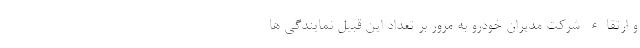
و ارتقاء شرکت مدیران خودرو به مرور بر تعداد این قبیل نمایندگی ها